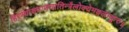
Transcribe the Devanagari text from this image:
हिरण्याक्षप्राणघातिन्त्रैलोक्येमङ्गलम्कुरु॥